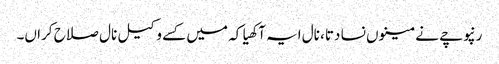
رنپوچے نے مینوں نسا دتا، نال ایہ آکھیا کہ میں کسے وکیل نال صلاح کراں۔